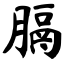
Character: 膈